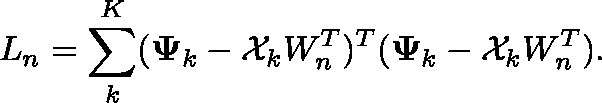
L _ { n } = \sum _ { k } ^ { K } ( \mathbf { \Psi } _ { k } - \mathcal { X } _ { k } W _ { n } ^ { T } ) ^ { T } ( \mathbf { \Psi } _ { k } - \mathcal { X } _ { k } W _ { n } ^ { T } ) .